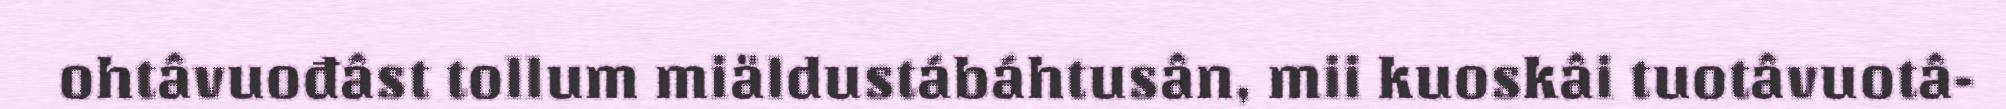
ohtâvuođâst tollum miäldustábáhtusân, mii kuoskâi tuotâvuotâ-